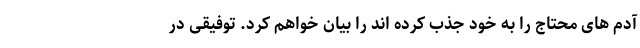
آدم های محتاج را به خود جذب کرده اند را بیان خواهم کرد. توفیقی در